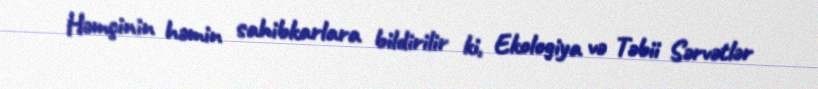
Həmçinin həmin sahibkarlara bildirilir ki, Ekologiya və Təbii Sərvətlər